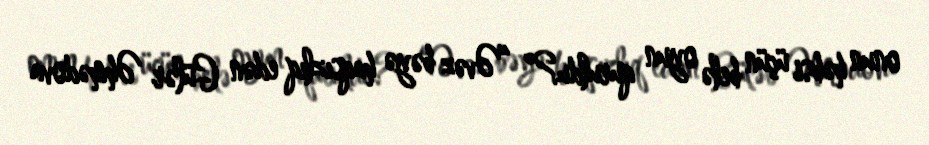
onun həbsi üçün belə oyun quruldu?” “Əvəz bəyə haqsızlıq edən Gülər Əhmədova